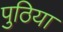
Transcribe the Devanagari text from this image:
पुठिया